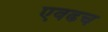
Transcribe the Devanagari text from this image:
एवढच